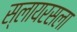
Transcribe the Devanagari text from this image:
स्लायरसला